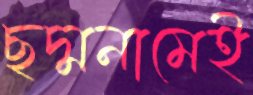
ছদ্মনামেই